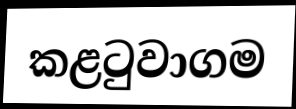
කළටුවාගම